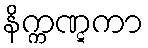
နိက္ကဏ္ဋကာ